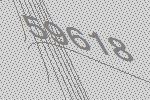
59618